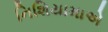
નિશિયામાએ